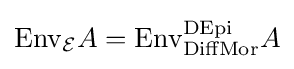
{\text{Env}}_{\cal {E}}A={\text{Env}}_{\text{DiffMor}}^{\text{DEpi}}A